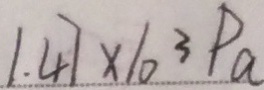
1 . 4 7 \times 1 0 ^ { 3 } P a